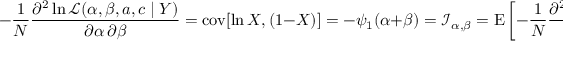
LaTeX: - { \frac { 1 } { N } } { \frac { \partial ^ { 2 } \ln { \mathcal { L } } ( \alpha , \beta , a , c \mid Y ) } { \partial \alpha \, \partial \beta } } = \operatorname { c o v } [ \ln X , ( 1 - X ) ] = - \psi _ { 1 } ( \alpha + \beta ) = { \mathcal { I } } _ { \alpha , \beta } = \operatorname { E } \left[ - { \frac { 1 } { N } } { \frac { \partial ^ { 2 } \ln { \mathcal { L } } ( \alpha , \beta , a , c \mid Y ) } { \partial \alpha \, \partial \beta } } \right] = \ln ( \operatorname { c o v } _ { G { X , ( 1 - X ) } } )